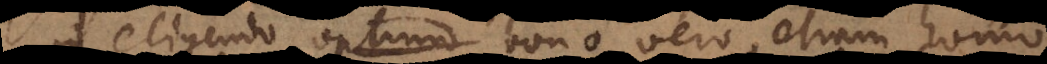
in eligendo optimo bono vero, etiam homo